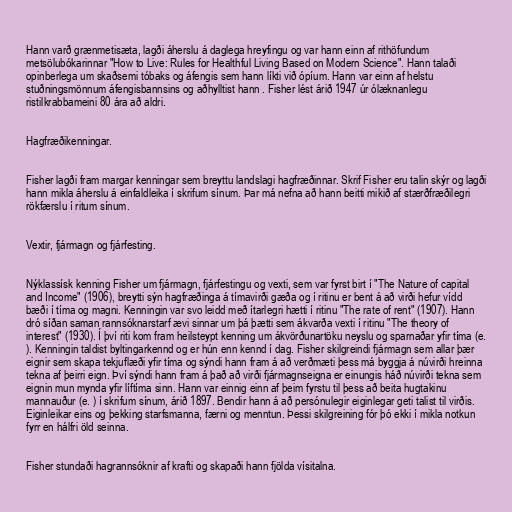
Hann varð grænmetisæta, lagði áherslu á daglega hreyfingu og var hann einn af rithöfundum
metsölubókarinnar "How to Live: Rules for Healthful Living Based on Modern Science". Hann talaði
opinberlega um skaðsemi tóbaks og áfengis sem hann líkti við ópíum. Hann var einn af helstu
stuðningsmönnum áfengisbannsins og aðhylltist hann . Fisher lést árið 1947 úr ólæknanlegu
ristilkrabbameini 80 ára að aldri.

Hagfræðikenningar.

Fisher lagði fram margar kenningar sem breyttu landslagi hagfræðinnar. Skrif Fisher eru talin skýr og lagði
hann mikla áherslu á einfaldleika í skrifum sínum. Þar má nefna að hann beitti mikið af stærðfræðilegri
rökfærslu í ritum sínum.

Vextir, fjármagn og fjárfesting.

Nýklassísk kenning Fisher um fjármagn, fjárfestingu og vexti, sem var fyrst birt í "The Nature of capital
and Income" (1906), breytti sýn hagfræðinga á tímavirði gæða og í ritinu er bent á að virði hefur vídd
bæði í tíma og magni. Kenningin var svo leidd með ítarlegri hætti í ritinu "The rate of rent" (1907). Hann
dró síðan saman rannsóknarstarf ævi sinnar um þá þætti sem ákvarða vexti í ritinu "The theory of
interest" (1930). Í því riti kom fram heilsteypt kenning um ákvörðunartöku neyslu og sparnaðar yfir tíma (e.
). Kenningin taldist byltingarkennd og er hún enn kennd í dag. Fisher skilgreindi fjármagn sem allar þær
eignir sem skapa tekjuflæði yfir tíma og sýndi hann fram á að verðmæti þess má byggja á núvirði hreinna
tekna af þeirri eign. Því sýndi hann fram á það að virði fjármagnseigna er einungis háð núvirði tekna sem
eignin mun mynda yfir líftíma sinn. Hann var einnig einn af þeim fyrstu til þess að beita hugtakinu
mannauður (e. ) í skrifum sínum, árið 1897. Bendir hann á að persónulegir eiginlegar geti talist til virðis.
Eiginleikar eins og þekking starfsmanna, færni og menntun. Þessi skilgreining fór þó ekki í mikla notkun
fyrr en hálfri öld seinna.

Fisher stundaði hagrannsóknir af krafti og skapaði hann fjölda vísitalna.